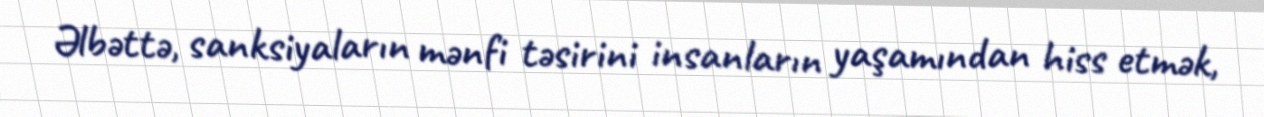
Əlbəttə, sanksiyaların mənfi təsirini insanların yaşamından hiss etmək,